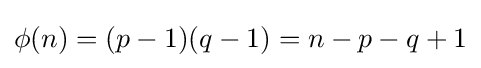
\phi (n)=(p-1)(q-1)=n-p-q+1